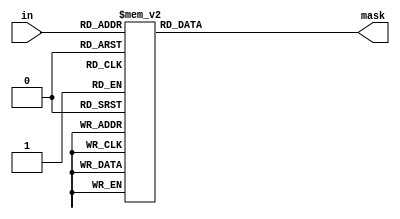
// Copyright 2007 Altera Corporation. All rights reserved.  
// Altera products are protected under numerous U.S. and foreign patents, 
// maskwork rights, copyrights and other intellectual property laws.  
//
// This reference design file, and your use thereof, is subject to and governed
// by the terms and conditions of the applicable Altera Reference Design 
// License Agreement (either as signed by you or found at www.altera.com).  By
// using this reference design file, you indicate your acceptance of such terms
// and conditions between you and Altera Corporation.  In the event that you do
// not agree with such terms and conditions, you may not use the reference 
// design file and please promptly destroy any copies you have made.
//
// This reference design file is being provided on an "as-is" basis and as an 
// accommodation and therefore all warranties, representations or guarantees of 
// any kind (whether express, implied or statutory) including, without 
// limitation, warranties of merchantability, non-infringement, or fitness for
// a particular purpose, are specifically disclaimed.  By making this reference
// design file available, Altera expressly does not recommend, suggest or 
// require that this reference design file be used in combination with any 
// other product not provided by Altera.
/////////////////////////////////////////////////////////////////////////////

module mask_32 (in,mask);
input [4:0] in;
output [31:0] mask;
reg [31:0] mask;

parameter FROM_MSB = 1'b1;
parameter DIAG_ONES = 1'b1;

generate
  if (!FROM_MSB && !DIAG_ONES) begin
    always @(in) begin
    case (in)
      5'd0: mask=32'b00000000000000000000000000000000;
      5'd1: mask=32'b00000000000000000000000000000001;
      5'd2: mask=32'b00000000000000000000000000000011;
      5'd3: mask=32'b00000000000000000000000000000111;
      5'd4: mask=32'b00000000000000000000000000001111;
      5'd5: mask=32'b00000000000000000000000000011111;
      5'd6: mask=32'b00000000000000000000000000111111;
      5'd7: mask=32'b00000000000000000000000001111111;
      5'd8: mask=32'b00000000000000000000000011111111;
      5'd9: mask=32'b00000000000000000000000111111111;
      5'd10: mask=32'b00000000000000000000001111111111;
      5'd11: mask=32'b00000000000000000000011111111111;
      5'd12: mask=32'b00000000000000000000111111111111;
      5'd13: mask=32'b00000000000000000001111111111111;
      5'd14: mask=32'b00000000000000000011111111111111;
      5'd15: mask=32'b00000000000000000111111111111111;
      5'd16: mask=32'b00000000000000001111111111111111;
      5'd17: mask=32'b00000000000000011111111111111111;
      5'd18: mask=32'b00000000000000111111111111111111;
      5'd19: mask=32'b00000000000001111111111111111111;
      5'd20: mask=32'b00000000000011111111111111111111;
      5'd21: mask=32'b00000000000111111111111111111111;
      5'd22: mask=32'b00000000001111111111111111111111;
      5'd23: mask=32'b00000000011111111111111111111111;
      5'd24: mask=32'b00000000111111111111111111111111;
      5'd25: mask=32'b00000001111111111111111111111111;
      5'd26: mask=32'b00000011111111111111111111111111;
      5'd27: mask=32'b00000111111111111111111111111111;
      5'd28: mask=32'b00001111111111111111111111111111;
      5'd29: mask=32'b00011111111111111111111111111111;
      5'd30: mask=32'b00111111111111111111111111111111;
      5'd31: mask=32'b01111111111111111111111111111111;
      default: mask=0;
    endcase
    end
  end
  else if ( FROM_MSB && !DIAG_ONES) begin
    always @(in) begin
    case (in)
      5'd0: mask=32'b00000000000000000000000000000000;
      5'd1: mask=32'b10000000000000000000000000000000;
      5'd2: mask=32'b11000000000000000000000000000000;
      5'd3: mask=32'b11100000000000000000000000000000;
      5'd4: mask=32'b11110000000000000000000000000000;
      5'd5: mask=32'b11111000000000000000000000000000;
      5'd6: mask=32'b11111100000000000000000000000000;
      5'd7: mask=32'b11111110000000000000000000000000;
      5'd8: mask=32'b11111111000000000000000000000000;
      5'd9: mask=32'b11111111100000000000000000000000;
      5'd10: mask=32'b11111111110000000000000000000000;
      5'd11: mask=32'b11111111111000000000000000000000;
      5'd12: mask=32'b11111111111100000000000000000000;
      5'd13: mask=32'b11111111111110000000000000000000;
      5'd14: mask=32'b11111111111111000000000000000000;
      5'd15: mask=32'b11111111111111100000000000000000;
      5'd16: mask=32'b11111111111111110000000000000000;
      5'd17: mask=32'b11111111111111111000000000000000;
      5'd18: mask=32'b11111111111111111100000000000000;
      5'd19: mask=32'b11111111111111111110000000000000;
      5'd20: mask=32'b11111111111111111111000000000000;
      5'd21: mask=32'b11111111111111111111100000000000;
      5'd22: mask=32'b11111111111111111111110000000000;
      5'd23: mask=32'b11111111111111111111111000000000;
      5'd24: mask=32'b11111111111111111111111100000000;
      5'd25: mask=32'b11111111111111111111111110000000;
      5'd26: mask=32'b11111111111111111111111111000000;
      5'd27: mask=32'b11111111111111111111111111100000;
      5'd28: mask=32'b11111111111111111111111111110000;
      5'd29: mask=32'b11111111111111111111111111111000;
      5'd30: mask=32'b11111111111111111111111111111100;
      5'd31: mask=32'b11111111111111111111111111111110;
      default: mask=0;
    endcase
    end
  end
  else if (!FROM_MSB &&  DIAG_ONES) begin
    always @(in) begin
    case (in)
      5'd0: mask=32'b00000000000000000000000000000001;
      5'd1: mask=32'b00000000000000000000000000000011;
      5'd2: mask=32'b00000000000000000000000000000111;
      5'd3: mask=32'b00000000000000000000000000001111;
      5'd4: mask=32'b00000000000000000000000000011111;
      5'd5: mask=32'b00000000000000000000000000111111;
      5'd6: mask=32'b00000000000000000000000001111111;
      5'd7: mask=32'b00000000000000000000000011111111;
      5'd8: mask=32'b00000000000000000000000111111111;
      5'd9: mask=32'b00000000000000000000001111111111;
      5'd10: mask=32'b00000000000000000000011111111111;
      5'd11: mask=32'b00000000000000000000111111111111;
      5'd12: mask=32'b00000000000000000001111111111111;
      5'd13: mask=32'b00000000000000000011111111111111;
      5'd14: mask=32'b00000000000000000111111111111111;
      5'd15: mask=32'b00000000000000001111111111111111;
      5'd16: mask=32'b00000000000000011111111111111111;
      5'd17: mask=32'b00000000000000111111111111111111;
      5'd18: mask=32'b00000000000001111111111111111111;
      5'd19: mask=32'b00000000000011111111111111111111;
      5'd20: mask=32'b00000000000111111111111111111111;
      5'd21: mask=32'b00000000001111111111111111111111;
      5'd22: mask=32'b00000000011111111111111111111111;
      5'd23: mask=32'b00000000111111111111111111111111;
      5'd24: mask=32'b00000001111111111111111111111111;
      5'd25: mask=32'b00000011111111111111111111111111;
      5'd26: mask=32'b00000111111111111111111111111111;
      5'd27: mask=32'b00001111111111111111111111111111;
      5'd28: mask=32'b00011111111111111111111111111111;
      5'd29: mask=32'b00111111111111111111111111111111;
      5'd30: mask=32'b01111111111111111111111111111111;
      5'd31: mask=32'b11111111111111111111111111111111;
      default: mask=0;
    endcase
    end
  end
  else if ( FROM_MSB &&  DIAG_ONES) begin
    always @(in) begin
    case (in)
      5'd0: mask=32'b10000000000000000000000000000000;
      5'd1: mask=32'b11000000000000000000000000000000;
      5'd2: mask=32'b11100000000000000000000000000000;
      5'd3: mask=32'b11110000000000000000000000000000;
      5'd4: mask=32'b11111000000000000000000000000000;
      5'd5: mask=32'b11111100000000000000000000000000;
      5'd6: mask=32'b11111110000000000000000000000000;
      5'd7: mask=32'b11111111000000000000000000000000;
      5'd8: mask=32'b11111111100000000000000000000000;
      5'd9: mask=32'b11111111110000000000000000000000;
      5'd10: mask=32'b11111111111000000000000000000000;
      5'd11: mask=32'b11111111111100000000000000000000;
      5'd12: mask=32'b11111111111110000000000000000000;
      5'd13: mask=32'b11111111111111000000000000000000;
      5'd14: mask=32'b11111111111111100000000000000000;
      5'd15: mask=32'b11111111111111110000000000000000;
      5'd16: mask=32'b11111111111111111000000000000000;
      5'd17: mask=32'b11111111111111111100000000000000;
      5'd18: mask=32'b11111111111111111110000000000000;
      5'd19: mask=32'b11111111111111111111000000000000;
      5'd20: mask=32'b11111111111111111111100000000000;
      5'd21: mask=32'b11111111111111111111110000000000;
      5'd22: mask=32'b11111111111111111111111000000000;
      5'd23: mask=32'b11111111111111111111111100000000;
      5'd24: mask=32'b11111111111111111111111110000000;
      5'd25: mask=32'b11111111111111111111111111000000;
      5'd26: mask=32'b11111111111111111111111111100000;
      5'd27: mask=32'b11111111111111111111111111110000;
      5'd28: mask=32'b11111111111111111111111111111000;
      5'd29: mask=32'b11111111111111111111111111111100;
      5'd30: mask=32'b11111111111111111111111111111110;
      5'd31: mask=32'b11111111111111111111111111111111;
      default: mask=0;
    endcase
    end
  end
endgenerate
endmodule